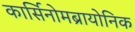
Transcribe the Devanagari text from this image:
कार्सिनोमब्रायोनिक